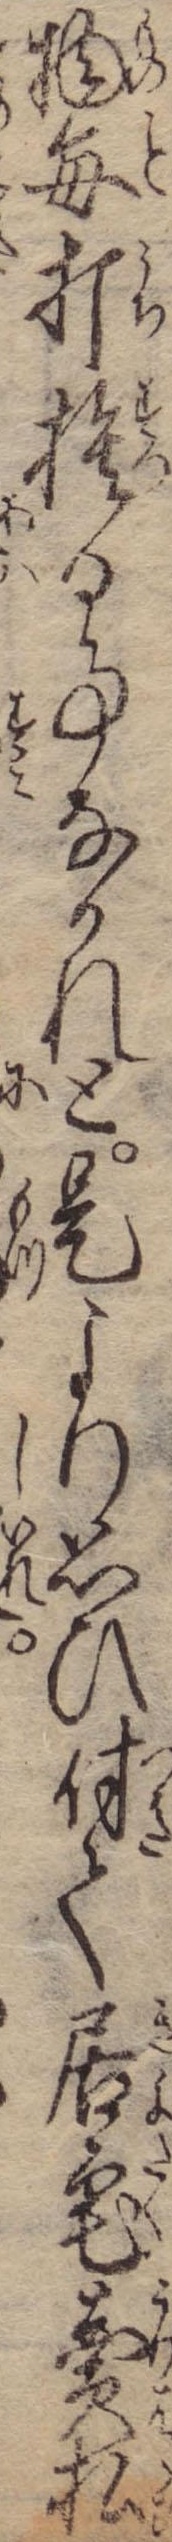
物毎打捨る事なかれと是より思ひ付て居宅売払